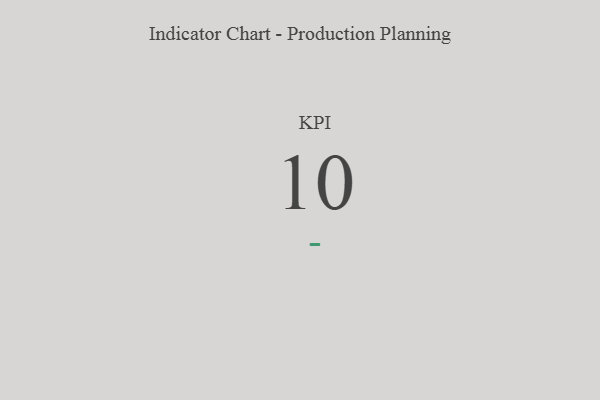
{"axis": {"x": "KPI", "y": "Value"}, "legend": [""], "data": [{"x": "KPI", "y": 10, "type": ""}]}